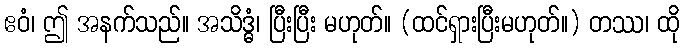
ဧဝံ၊ ဤ အနက်သည်။ အသိဒ္ဓံ၊ ပြီးပြီး မဟုတ်။ (ထင်ရှားပြီးမဟုတ်။) တဿ၊ ထို